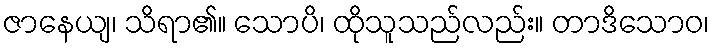
ဇာနေယျ၊ သိရာ၏။ သောပိ၊ ထိုသူသည်လည်း။ တာဒိသောဝ၊